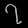
Digit: ၇